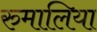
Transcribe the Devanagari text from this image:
रुमालिया